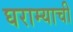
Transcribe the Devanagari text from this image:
घराम्याची